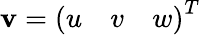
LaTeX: {\mathbf{v}}={\left(\begin{array}{lll}{u}&{v}&{w}\end{array}\right)}^{T}